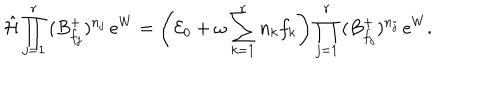
LaTeX: \hat { \cal H } \prod _ { j = 1 } ^ { r } \, ( B _ { f _ { j } } ^ { + } ) ^ { n _ { j } } \, e ^ { W } = \left( { \cal E } _ { 0 } + \omega \sum _ { k = 1 } ^ { r } n _ { k } f _ { k } \right) \prod _ { j = 1 } ^ { r } \, ( B _ { f _ { j } } ^ { + } ) ^ { n _ { j } } \, e ^ { W } .